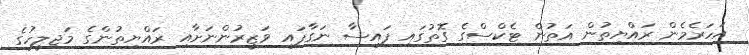
އަހަރެމެން ރައްޔިތުން އަތުން ޓެކްސްގެ ގޮތުގައި ފައިސާ ނަގާފައި ވަޒީރުންނަށާއި ރައްޔިތުންގެ މަޖިލީހުގެ